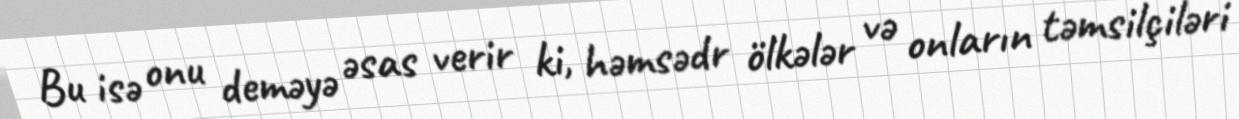
Bu isə onu deməyə əsas verir ki, həmsədr ölkələr və onların təmsilçiləri